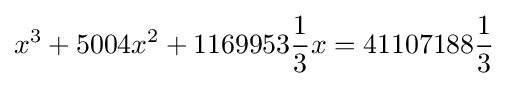
x^{3}+5004x^{2}+1169953{\frac {1}{3}}x=41107188{\frac {1}{3}}